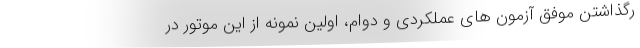
رگذاشتن موفق آزمون های عملکردی و دوام، اولین نمونه از این موتور در